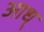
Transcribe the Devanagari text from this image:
आध्